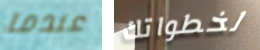
عندما لخطواتك